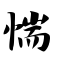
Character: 惴